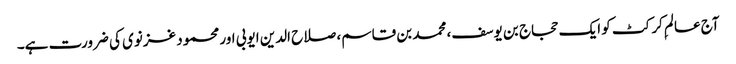
آج عالمِ کرکٹ کو ایک حجاج بن یوسف، محمد بن قاسم، صلاح الدین ایوبی اور محمود غزنوی کی ضرورت ہے۔